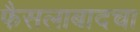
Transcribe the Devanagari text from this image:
फैसलाबादचा